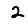
Digit: 2